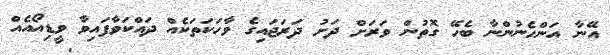
އޭނާ އަންހެނުންނާ ބެހޭ ގޮތުން ވަރަށް ދަށު ދަރަޖައިގެ ވާހަކަތަކެއް ދައްކަވާފައިވާ ވީޑިއޯއެއް